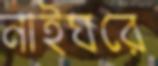
নাইঘরে